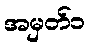
အမှတ်၁